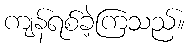
ကျန်ရစ်ခဲ့ကြသည်။